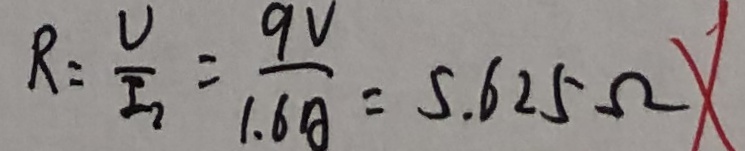
R = \frac { U } { I _ { 2 } } = \frac { 9 V } { 1 . 6 A } = 5 . 6 2 5 \Omega